King Institute of Preventive Medicine Micro-Biological Section reports 1912-19
Year: 1912
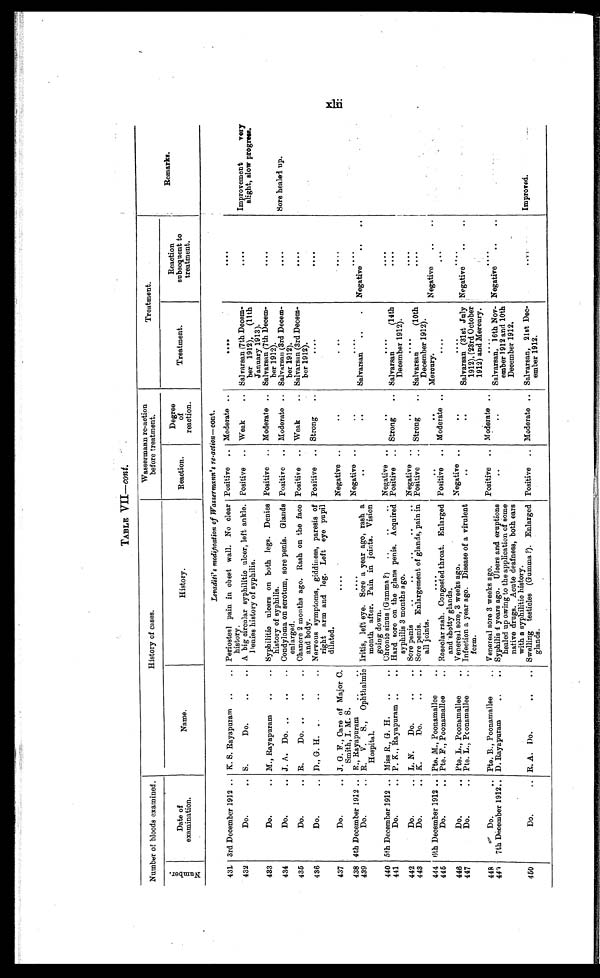
TABLE VII— cont.
Number of bloods examined.
History of cases.
Wassermann re-action
before treatment.
Treatment.
Remarks.
N u m b e r .
D a t e o f e x a m i n a t i o n .
Name.
Histor y.
Reaction.
Degree
o f r e a c t i o n .
Treatment.
Reaction
subsequent to
treatment.
Levaditi's modification of Wassermann's re-action— cont.
431 3rd December 1912 . . . K. S. Rayapuram . . .
Periosteal pain in chest wall. No clear
history.
Positive . . . Moderate . . .
. . .
. . .
432
Do. . . . S. Do. . . .
A big circular syphilitic ulcer, left ankle.
Denies history of syphilis.
Positive . . . Weak . . . Salvarsan (7th Decem-
ber 1912), (11th
January 1913).
. . .
Improvement very
slight, slow progress.
433
Do. . . . M., Rayapuram . . .
Syphilitic ulcers on both legs. Denies
history of syphilis.
Positive . . . Moderate . . . Salvarsan (7th Decem-
ber 1912).
. . .
434
Do. . . . J. A. Do. . . .
Positive . . . Moderate . . . Salvarsan (3rd Decem-
ber 1912).
. . .
Sore healed up.
Condyloma on scrotum, sore penis. Glands
enlarged.
435
Do. . . . R. Do. . . .
Chancre 2 months ago. Rash on the face
and body.
Positive . . . Weak . . . Salvarsan (3rd Decem-
ber 1912).
. . .
436
Do. . . . D., G. H. . . .
Nervous symptoms, giddiness, paresis of
right arm and leg. Left eye pupil
dilated.
Positive . . . Strong . . .
. . .
. . .
437
Do. . . . J. G. F., Care of Major C.
Smith, I. M. S.
. . .
Negative . . .
. . .
. . .
. . .
438 4th December 1912 . . . R., Rayapuram . . .
. . .
Negative . . .
. . .
. . .
. . .
Salvarsan . . .
Negative . . .
439
Do. . . . R. V. S., Ophthalmic
Hospital.
Iritis, left eye. Sore a year ago, rash a
month after. Pain in joints. Vision
going down.
. . .
. . .
440 5th December 1912 . . . Miss R., G. H.
Chronic sinus (Gumma?) . . . Negative . . .
. . .
. . .
. . .
441
Do. . . . P. K., Rayapuram . . .
Hard sore on the glans penis. Acquired
syphilis 3 months ago.
Positive . . . Strong . . . Salvarsan (14th
December 1912).
. . .
442
D o . . . . L. N. Do. . . .
Sore penis . . . Negative . . .
. . .
. . .
. . .
443
Do. . . . K. Do. . . .
Sore penis. Enlargement of glands, pain in
all joints.
Positive . . . Strong . . . Salvarsan (10th
December 1912).
. . .
444 6th December 1912 . . . Pte. M., Poonamalle
. . .
. . .
. . .
M e r c u r y . Negative . . .
445
Do. . . . Pte. F., Poonamallee . . .
Roseolar rash. Congested throat. Enlarged
and shotty glands.
Positive . . . Moderate . . .
. . .
. . .
446
Do. . . . Pte..L., Poonamallee . . .
Venereal sore, 3 weeks ago.
Negative . . .
. . .
. . .
. . .
447
Do. . . . Pte. L., Poonamallee . . .
Infection a year ago. Disease of a virulent
form.
. . .
. . .
Salvarsan (31st July
1912), (23rd October
1912) and Mercury.
Negative . . .
448
Do. . . . Pte. B.., Poonamallee . . . Venereal sore 3 weeks ago.
Positive . . . Moderate . . .
. . .
. . .
449 7th December 1912 . . . D. Rayapuram . . .
Syphilis 4 years ago. Ulcers and eruptions
healed up owing to the application of some
native drugs. Acute deafness, both ears
with a syphilitic history.
. . .
. . .
Salvarsan, 16th Nov-
ember 1912 and 10th
December 1912.
Negative . . .
Improved.
450
Do. . . . R. A. Do. . . .
Swelling testicles (Gumma ?). Enlarged
glands.
Positive . . . Moderate . . . Salvarsan, 21st Dec-
ember 1912.
. . .